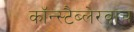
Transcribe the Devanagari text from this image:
कॉन्स्टैब्लेरवाच